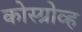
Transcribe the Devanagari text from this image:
कोस्ग्रोव्ह